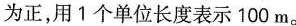
为正，用1个单位长度表示100m。